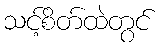
သင့်စိတ်ထဲတွင်